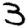
Digit: 3